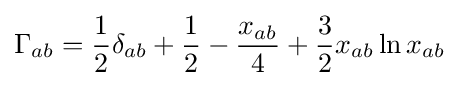
\Gamma _{ab}={\frac {1}{2}}\delta _{ab}+{\frac {1}{2}}-{\frac {x_{ab}}{4}}+{\frac {3}{2}}x_{ab}\ln x_{ab}